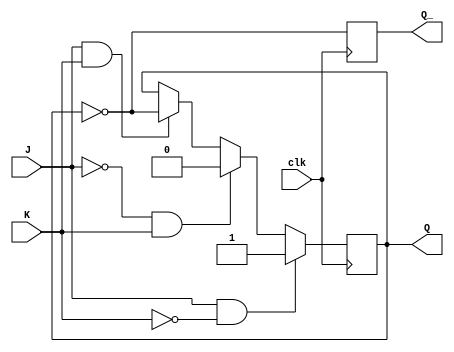
module jk_flip_flop(
    input J,
    input K,
    input clk,
    output reg Q,
    output reg Q_
);

always@(negedge clk) begin
    if(J && !K) begin
        Q <= 1'b1;  // Set Q to high
    end else if(!J && K) begin
        Q <= 1'b0;  // Set Q to low
    end else if(J && K) begin
        Q <= ~Q;    // Toggle Q
    end
    Q_ <= ~Q;   // Q' is the inverse of Q
end

endmodule